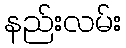
နည်းလမ်း